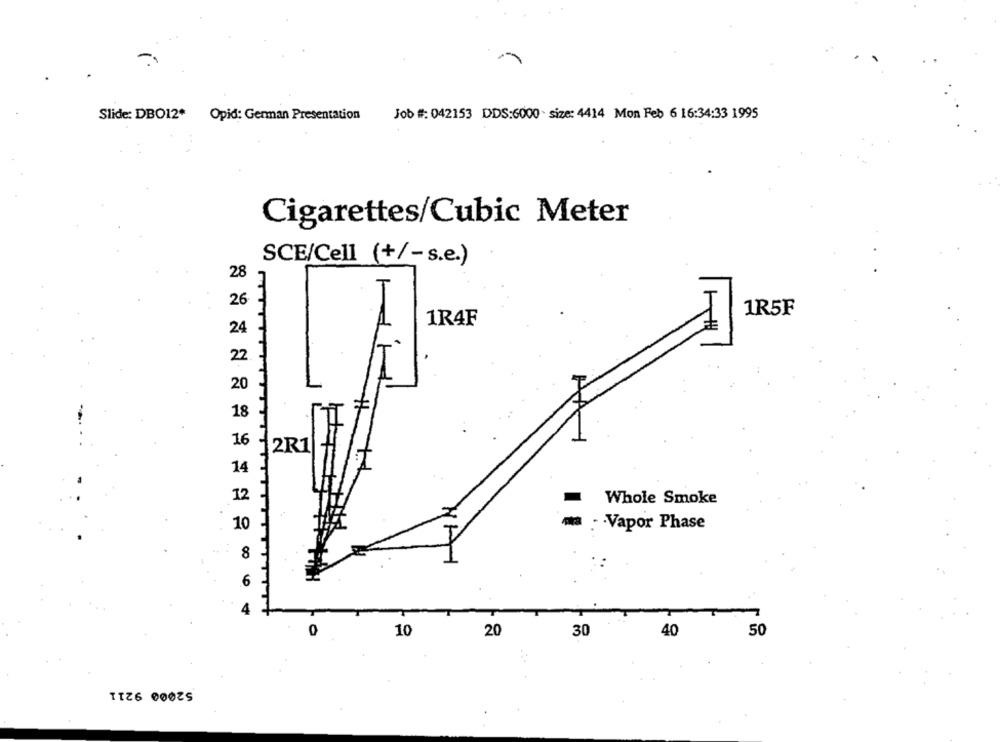
Slide: DBO12*
Opid: German Presentation
Job #: 042153 DDS:6000 - size: 4414 Mon Feb 6 16:34:33 1995
Cigarettes/Cubic Meter
SCE/Cell (+/-s.e.)
28
26
1R5F
1R4F
24
22
20
18
16
12R1
14
12
Whole Smoke
10
: Vapor Phase
80
0
20
50
10
30
40